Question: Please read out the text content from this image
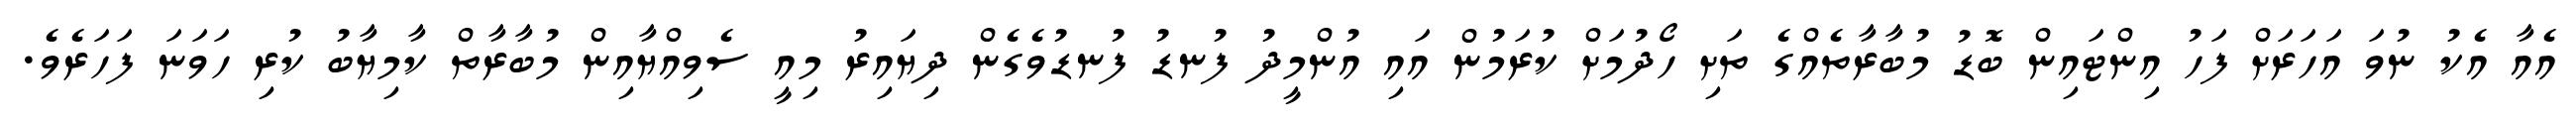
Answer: އެއާ އެކު ނުވަ އަހަރަށް ފަހު އިންޓައިން ބޮޑު މުބާރާތެއްގެ ތަށި ހޯދުމަށް ކުރަމުން އައި އުންމީދު ފުނޑު ފުނޑުވެގެން ދިޔައިރު މިއީ ސެވިއްޔާއިން މުބާރާތް ކާމިޔާބު ކުރި ހަވަނަ ފަހަރެވެ.